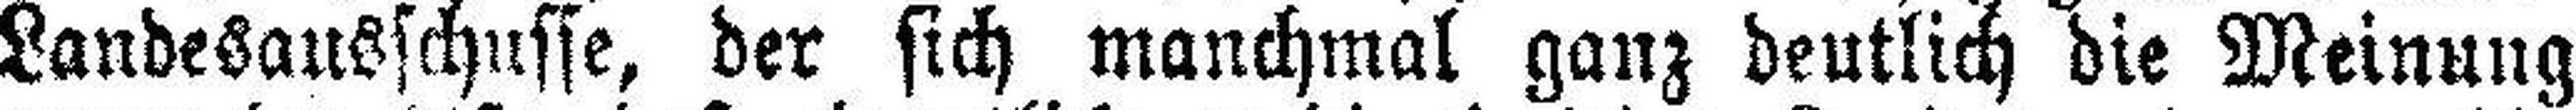
Landesausschusse, der sich manchmal ganz deutlich die Meinung